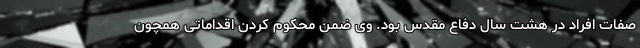
صفات افراد در هشت سال دفاع مقدس بود. وی ضمن محکوم کردن اقداماتی همچون